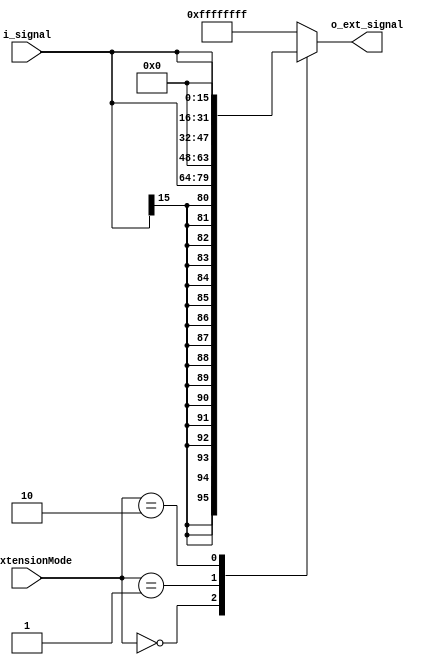
`timescale 1ns / 1ps
//////////////////////////////////////////////////////////////////////////////////
// Company: 
// Engineer: 
// 
// Design Name: 
// Module Name: signal_extension
// Project Name: 
// Target Devices: 
// Tool Versions: 
// Description: 
// 
// Dependencies: 
// 
// Revision:
// Revision 0.01 - File Created
// Additional Comments:
// 
//////////////////////////////////////////////////////////////////////////////////

module Extensor_Signo
    #(
        parameter i_NBITS = 16  ,
        parameter e_NBITS = 16  ,
        parameter o_NBITS = 32
    )
    (
        input   wire    [i_NBITS-1  :0]     i_signal        ,
        input   wire    [1          :0]     i_ExtensionMode ,
        output  wire    [o_NBITS-1  :0]     o_ext_signal
    );
    
    reg     [o_NBITS-1:0] result_ext_reg;
                
    assign o_ext_signal = result_ext_reg;
    
    always @(*)
        begin : extension
            case(i_ExtensionMode)
                2'b00:      result_ext_reg  <=  {{e_NBITS{i_signal[i_NBITS-1]}}, i_signal}  ;//1010 1010 1010 1010 -> 1111 1111 1111 1111 1010 1010 1010 1010
                2'b01:      result_ext_reg  <=  {{e_NBITS{1'b0}}, i_signal}                 ;//1010 1010 1010 1010 -> 0000 0000 0000 0000 1010 1010 1010 1010
                2'b10:      result_ext_reg  <=  {i_signal,{e_NBITS{1'b0}}}                  ;//1010 1010 1010 1010 -> 1010 1010 1010 1010 0000 0000 0000 0000   
                default:    result_ext_reg  <= -1                                           ;
            endcase
        end
endmodule